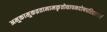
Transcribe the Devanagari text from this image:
अमुकामुकव्रतानामकृतोद्यापनदोषपरिहारार्थ